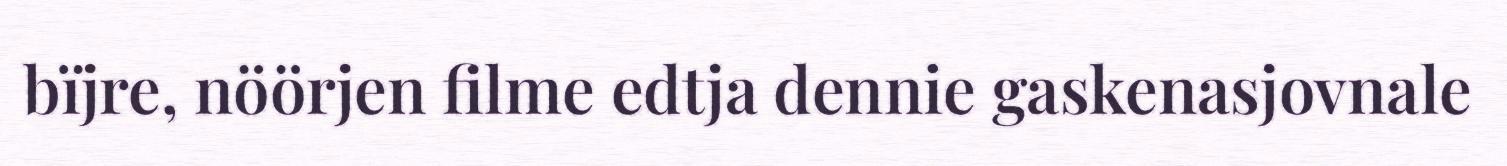
bïjre, nöörjen filme edtja dennie gaskenasjovnale